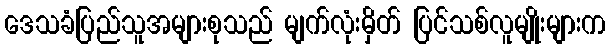
ဒေသခံပြည်သူအများစုသည် မျက်လုံးမှိတ် ပြင်သစ်လူမျိုးများက